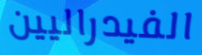
الفيدراليين